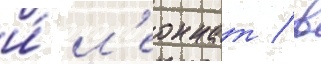
и́ л'еоннат / в